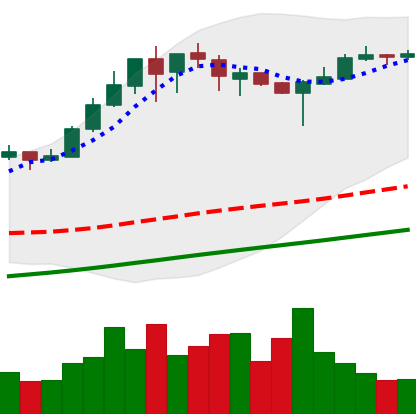
Ticker: BTC-USD
Chart end date: 2017-08-27
Forward return: 11.616%
Label: up_7plus